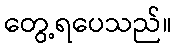
တွေ့ရပေသည်။